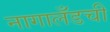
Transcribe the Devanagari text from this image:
नागालँडची